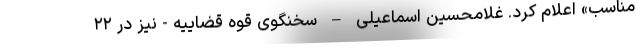
مناسب» اعلام کرد. غلامحسین اسماعیلی – سخنگوی قوه قضاییه - نیز در ۲۲